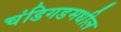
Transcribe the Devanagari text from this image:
चंडिगडमधील